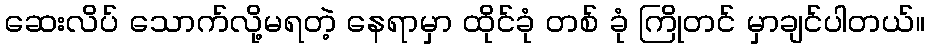
ဆေးလိပ် သောက်လို့မရတဲ့ နေရာမှာ ထိုင်ခုံ တစ် ခုံ ကြိုတင် မှာချင်ပါတယ်။